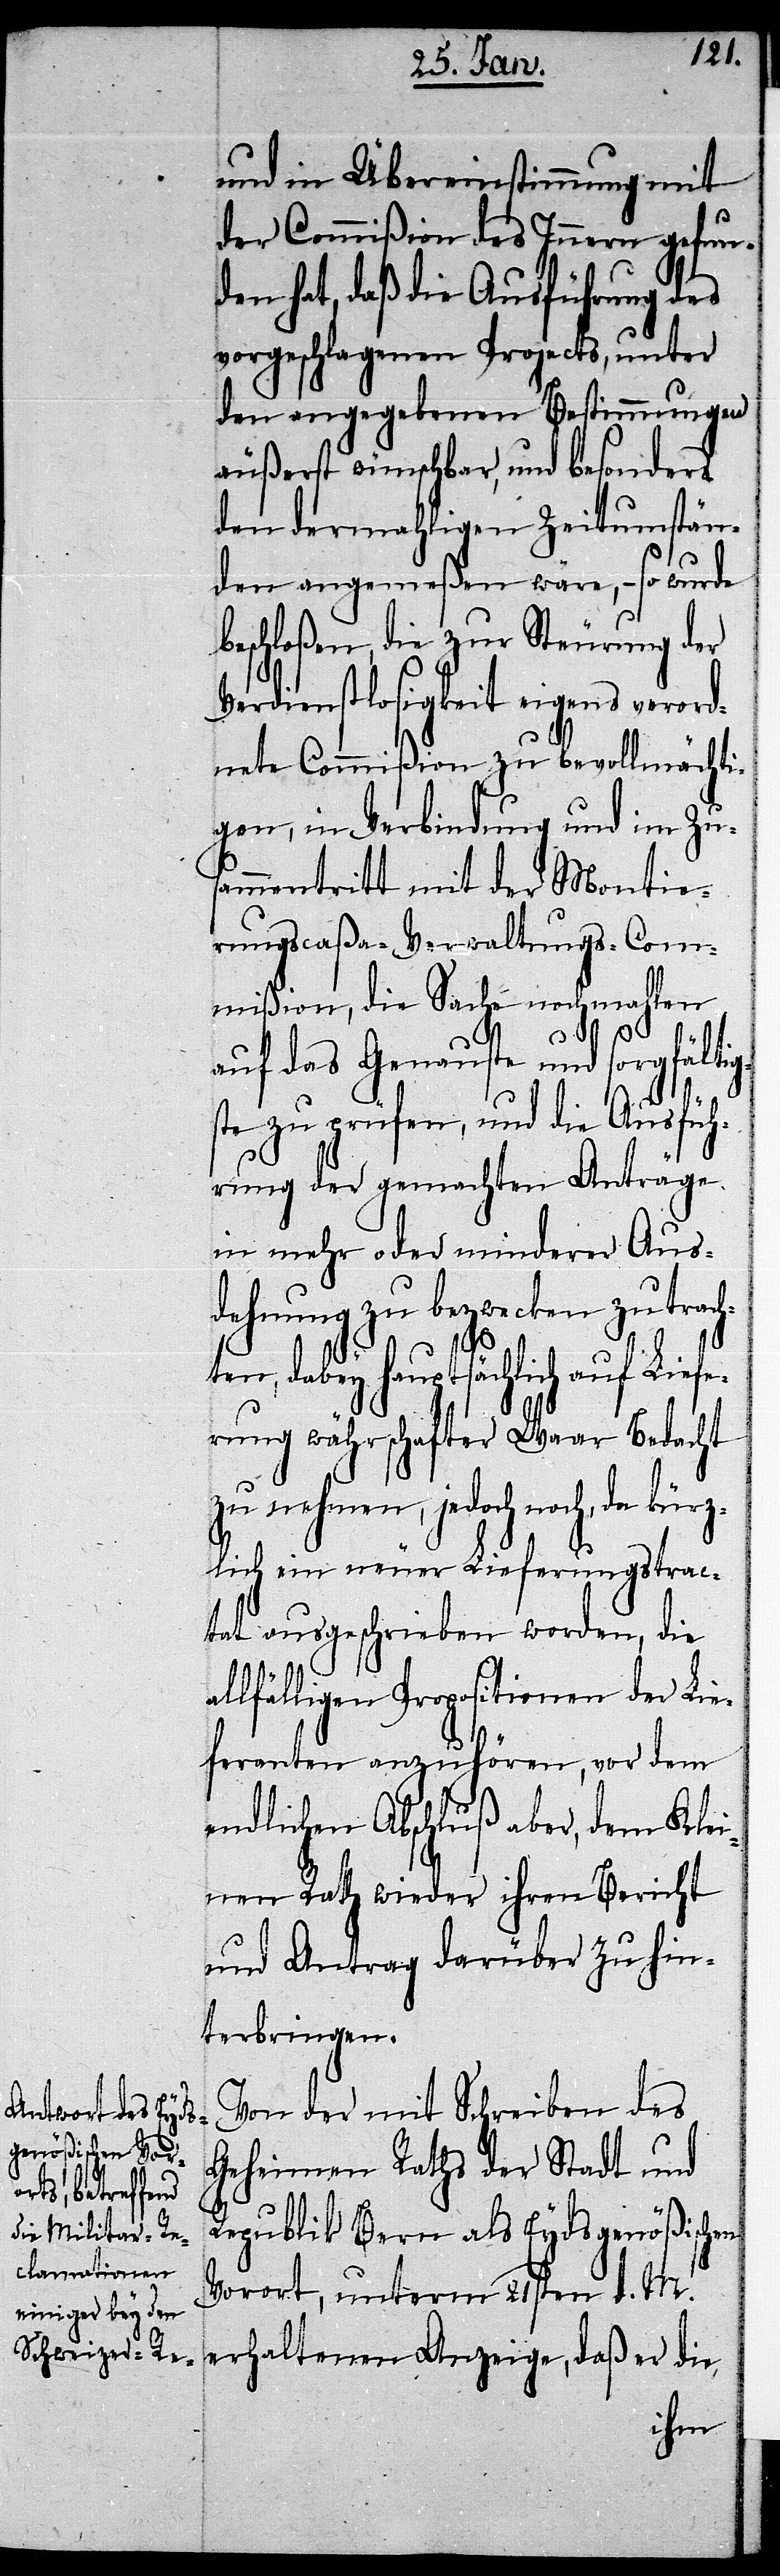
und in Übereinstimmung mit
der Commißion des Innern gefun¬
den hat, daß die Ausführung des
vorgeschlagenen Projects, unter
den angegebenen Bestimmungen
äußerst wünschbar, und besonders
den dermahligen Zeitumstän¬
den angemeßen wäre, – so wurde
beschloßen, die zur Steurung der
Verdienstlosigkeit eigens verord¬
nete Commißion zu bevollmächti¬
gen, in Verbindung und im Zus¬
ammentritt mit der Montie¬
rungscaßa-Verwaltungs-Com¬
mißion, die Sache nochmahlen
auf das Genauste und sorgfältig¬
ste zu prüfen, und die Ausfüh¬
rung der gemachten Anträge
in mehr oder minderer Aus¬
dehnung zu bezwecken zu trach¬
ten, dabey hauptsächlich auf Lief¬
erung währschafter Waar Bedacht
zu nehmen, jedoch noch, da kü¬
rzlich ein neuer Lieferungstrac¬
tat ausgeschrieben worden, die
allfälligen Propositionen der Lie¬
feranten anzuhören, vor dem
endlichen Abschluß aber, dem Klei¬
nen Rath wieder ihren Bericht
und Antrag darüber zu hin¬
terbringen.
Von der mit Schreiben des
Geheimen Raths der Stadt und
Republik Bern als Eydsgenößischen
Vorort, unterm 21sten d. M.
erhaltenen Anzeige, daß er die